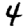
Digit: 4